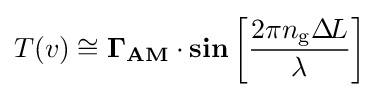
T(v)\cong \mathbf {\Gamma _{AM}} \cdot \mathbf {sin} \left[{\frac {2\pi n_{\text{g}}\Delta \!L}{\lambda }}\right]